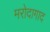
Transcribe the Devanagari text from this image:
मरोदागाद